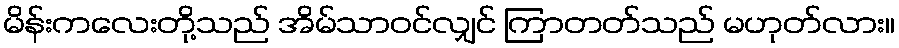
မိန်းကလေးတို့သည် အိမ်သာဝင်လျှင် ကြာတတ်သည် မဟုတ်လား။